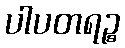
ပါပတရဉ္စ